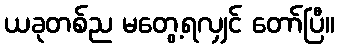
ယခုတစ်ည မတွေ့ရလျှင် တော်ပြီ။